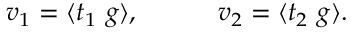
v _ { 1 } = \langle t _ { 1 } ~ g \rangle , ~ ~ ~ ~ ~ ~ ~ ~ ~ v _ { 2 } = \langle t _ { 2 } ~ g \rangle .